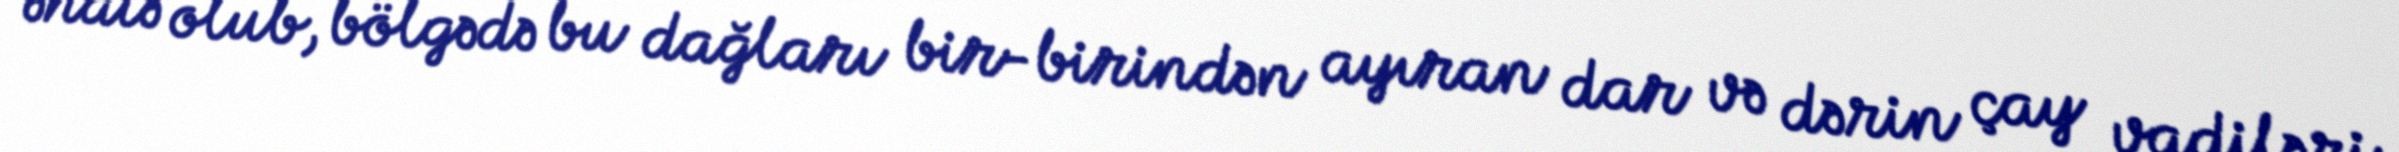
əhatə olub, bölgədə bu dağları bir-birindən ayıran dar və dərin çay vadiləri